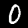
Label: 0